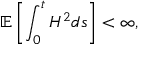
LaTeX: \mathbb { E } \left[ \int _ { 0 } ^ { t } H ^ { 2 } d s \right] < \infty ,